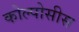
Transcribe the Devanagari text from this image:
कोल्पोसीस